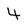
Character: 4